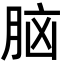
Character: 脑